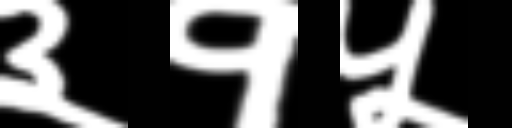
Text: ३१५